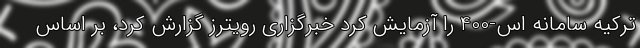
ترکیه سامانه اس-400 را آزمایش کرد خبرگزاری رویترز گزارش کرد، بر اساس